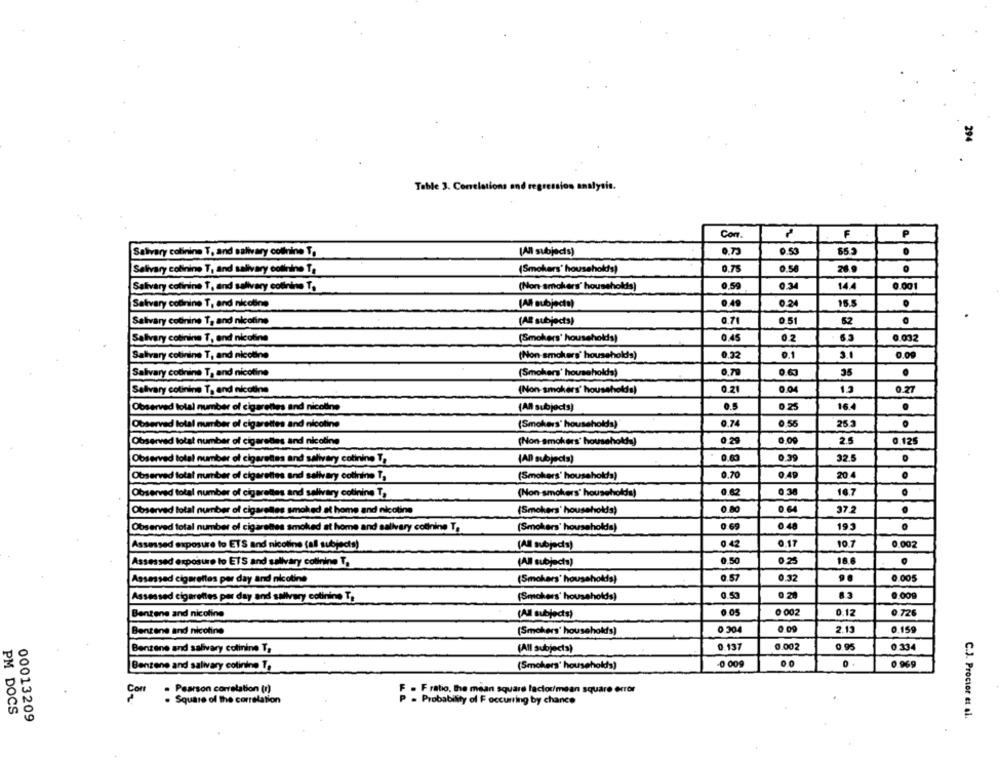
294
Table 3. Correlations and regression analysis.
Com.
F
P
(All subjects)
0.53
$52
0
Salivary colinine T, and salivary cotihine T,
Salivary cofinine T, and salivary cotinine T,
(Smokers' households)
0.75
0.58
26.9
Salivary cofinine T, and salivary cośnine T.
(Non-smokers" households)
0.59
0.34
14.4
0.001
Salivary cofnine T, and nicoline
(All subjects)
0.49
0.24
15.5
Salivary cotinine T, and nicotine
(AB subjects)
0.71
0.51
52
Salivary cotinine T, and nicotine
(Smokers' households)
0,45
0.032
Salivary cotinine T, and nicotine
(Non-smokers' households)
0.32
0.1
0.09
Salivary cobnine T, and nicotine
(Smokers' households)
0.79
0.63
35
.
0.21
0.04
0.27
Salivary cotinine T, and nicotine
(Non-smokers' households)
Observed total number of cigarettes and nicotine
(All subjects)
0.5
0.25
16.4
.
Observed total number of cigarettes and nicotine
(Smokers' households)
0.74
0.56
25 3
Observed lotat number of cigarettes and nicoline
(Non-smokers' households)
0.20
2.5
0.125
Observed total nur
0.60
0.39
32.5
er of cigarettes and salivary cotinine T,
(AD) subject=)
Observe
ber of cigarettes and salivary cotinine T,
(Smokers' households)
0.70
0.49
20.4
O
Observed total number of cigarettes and salivary cotinine T,
(Non-smokers' householda)
0.62
0.38
16.7
Observed total number of cigarelles smoked at home and nicotine
(Smokers' households)
0.80
37.2
(Smokers' householda)
0 69
0.48
193
Observed total number of cigarettes smoked at home and salivary codinine T,
10 7
Assessed exposure to ETS and nicotine (all subjects)
(All subjects)
0.42
0.17
0.002
Assessed exposure to ETS and salivary colinine T,
(All subjects)
0.50
18.6
Assessed cigarettes per day and nicotine
(Smokers' households)
0.57
0.32
0.005
0.53
0 28
0.00g
Assessed cigarettes per day and salivary cotining T,
(Smokers' households)
Benzene and nicotine
(All subjects)
0 002
0.12
0.726
Benzene and nicotine
(Smokers' househokis)
0.304
0.09
2.13
0.159
Bentene and salivary colinine T,
(All subjects)
0.137
0.002
0,95
0.33
-0 009
Bentene and salivary colinine To
(Smokers' households)
0.96g
Con
Pearson correlation (r)
F . F ratio, the mean square laclou/mean square error
. Square of the correlation
P . Probability of F occurring by chance
C.J. Proctor et al.
00013209